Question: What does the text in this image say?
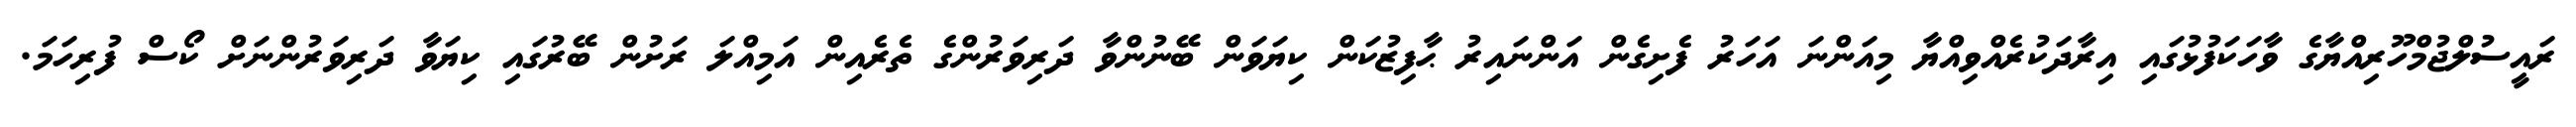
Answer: ރައީސުލްޖުމްހޫރިއްޔާގެ ވާހަކަފުޅުގައި އިރާދަކުރެއްވިއްޔާ މިއަންނަ އަހަރު ފެށިގެން އަންނައިރު ޙާފިޒުކަން ކިޔަވަން ބޭނުންވާ ދަރިވަރުންގެ ތެރެއިން އަމިއްލަ ރަށުން ބޭރުގައި ކިޔަވާ ދަރިވަރުންނަށް ކޯސް ފުރިހަމަ.